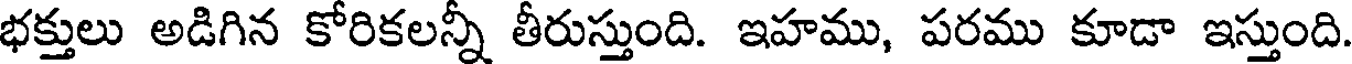
భక్తులు అడిగిన కోరికలన్నీ తీరుస్తుంది. ఇహము, పరము కూడా ఇస్తుంది.